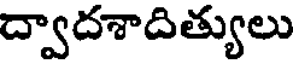
ద్వాదశాదిత్యులు